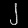
Digit: ၂